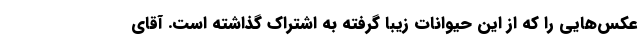
عکس‌هایی را که از این حیوانات زیبا گرفته به اشتراک گذاشته است. آقای